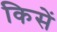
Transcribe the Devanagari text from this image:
किसें